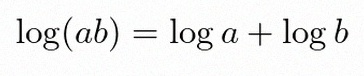
\log(ab)=\log a+\log b